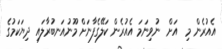
އެއުރެން މި  އަށް  ނުވިނަމަ އެއުރެން ކަލޭގެފާނަށް މޫނުއަނބުރާލައި ދިޔަކަމުގެ